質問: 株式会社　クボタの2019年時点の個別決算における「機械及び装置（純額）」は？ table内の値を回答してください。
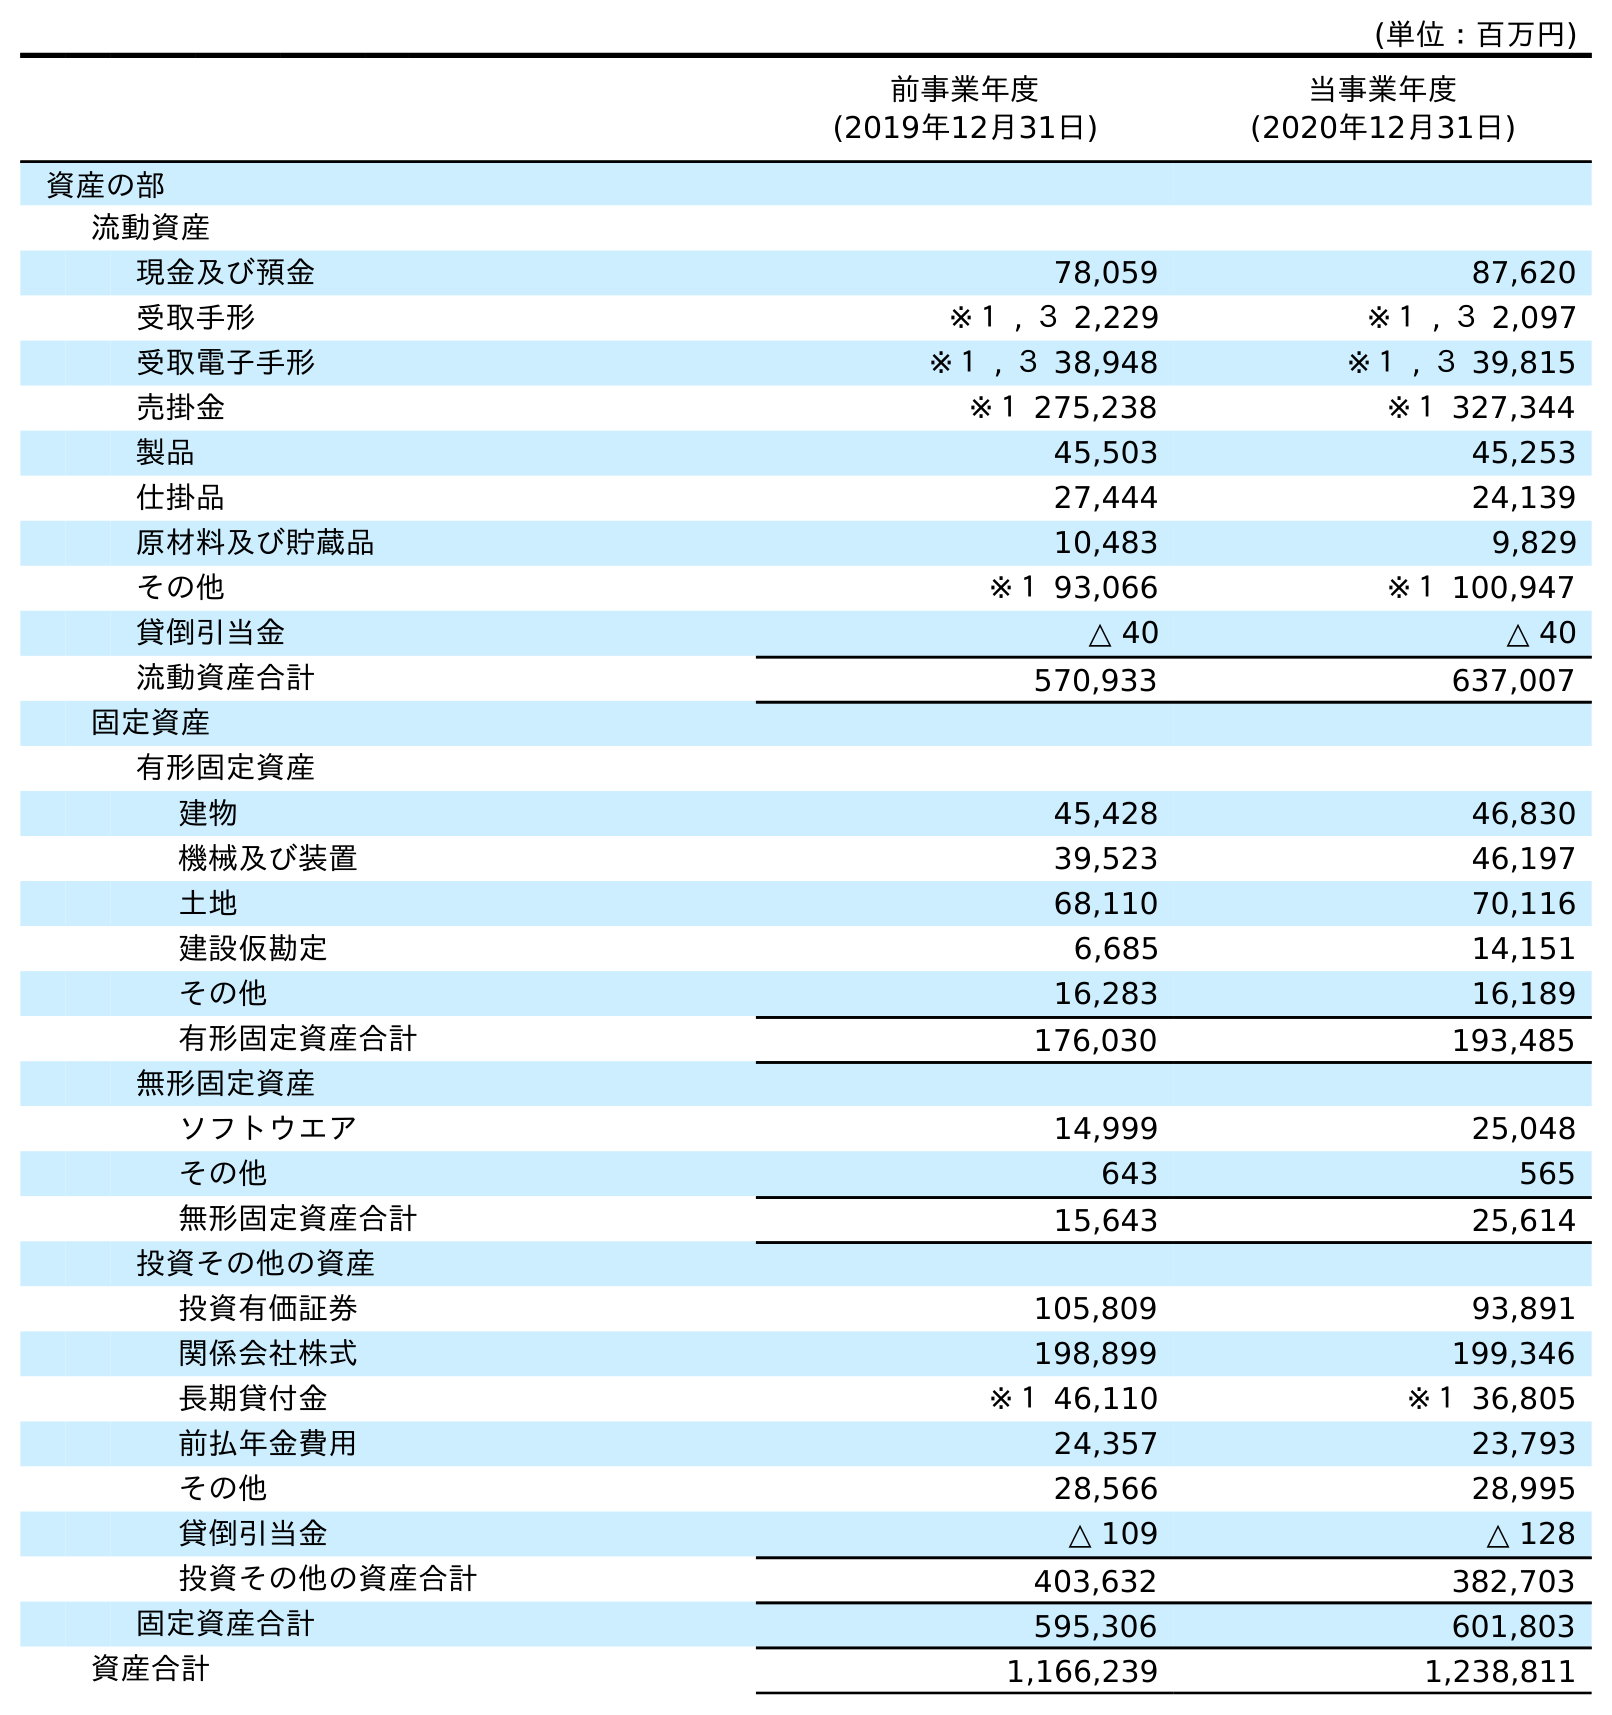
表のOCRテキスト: (単位：百万円) 前事業年度 (2019年12月31日) 当事業年度 (2020年12月31日) 資産の部 流動資産 現金及び預金 78,059 87,620 受取手形 ※１ , ３ 2,229 ※１ , ３ 2,097 受取電子手形 ※１ , ３ 38,948 ※１ , ３ 39,815 売掛金 ※１ 275,238 ※１ 327,344 製品 45,503 45,253 仕掛品 27,444 24,139 原材料及び貯蔵品 10,483 9,829 その他 ※１ 93,066 ※１ 100,947 貸倒引当金 △ 40 △ 40 流動資産合計 570,933 637,007 固定資産 有形固定資産 建物 45,428 46,830 機械及び装置 39,523 46,197 土地 68,110 70,116 建設仮勘定 6,685 14,151 その他 16,283 16,189 有形固定資産合計 176,030 193,485 無形固定資産 ソフトウエア 14,999 25,048 その他 643 565 無形固定資産合計 15,643 25,614 投資その他の資産 投資有価証券 105,809 93,891 関係会社株式 198,899 199,346 長期貸付金 ※１ 46,110 ※１ 36,805 前払年金費用 24,357 23,793 その他 28,566 28,995 貸倒引当金 △ 109 △ 128 投資その他の資産合計 403,632 382,703 固定資産合計 595,306 601,803 資産合計 1,166,239 1,238,811
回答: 39,523